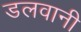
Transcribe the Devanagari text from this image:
डलवानी